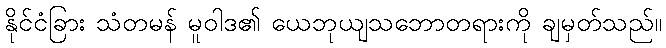
နိုင်ငံခြား သံတမန် မူဝါဒ၏ ယေဘုယျသဘောတရားကို ချမှတ်သည်။